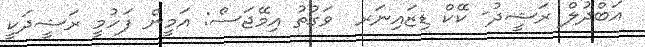
އަބްދުލް ރަޝީދު- ކޭކް ޑިޒައިނަރ  ވަގުތު އިމޭޖަސް: އަމީން ފަހުމީ ރަޝީދަކީ